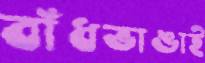
বাঁধভাঙাই